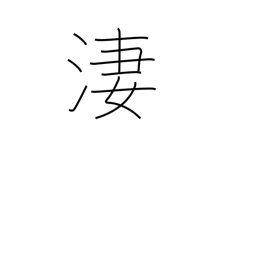
Meaning: bitter cold